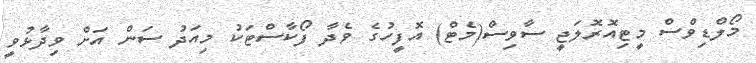
މޯލްޑިވްސް މީޓިއޮރޮލަޖީ ސާވިސް(މެޓް) އޮފީހުގެ ވެދާ ފޯކާސްޓަކު މިއަދު ސަން އަށް ވިދާޅުވީ